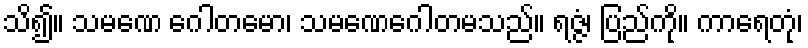
သိ၍။ သမဏေ ဂေါတမော၊ သမဏေဂေါတမသည်။ ရဇ္ဇံ၊ ပြည်ကို။ ကာရေတုံ၊